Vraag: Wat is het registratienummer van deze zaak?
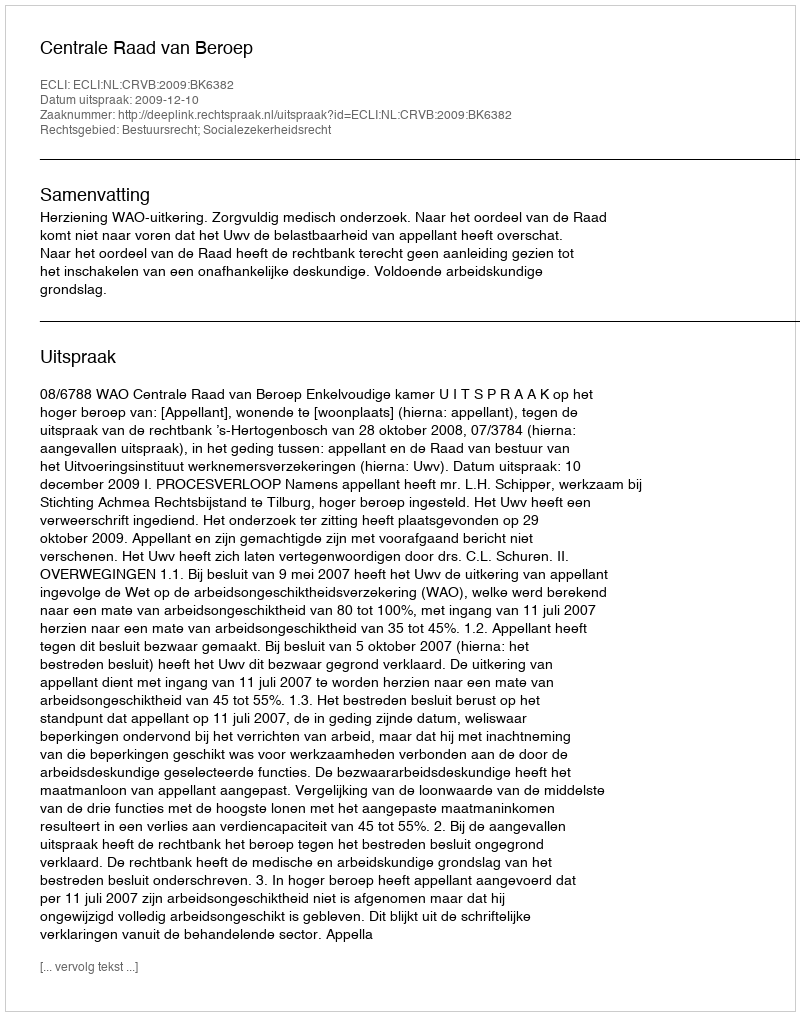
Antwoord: http://deeplink.rechtspraak.nl/uitspraak?id=ECLI:NL:CRVB:2009:BK6382